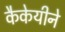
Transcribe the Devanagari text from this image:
कैकेयीने